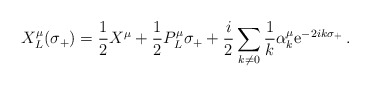
\begin{align*}X^{\mu}_{L}(\sigma_{+})= \frac{1}{2}X^{\mu} + \frac{1}{2}P^{\mu}_{L}\sigma_{+} + \frac{i}{2}\sum_{k\neq 0}\frac{1}{k}\alpha^{\mu}_{k} \mbox{e}^{-2ik\sigma_{+}} \,.\end{align*}